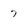
Character: 7